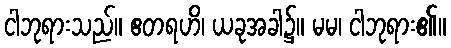
ငါဘုရားသည်။ ဧတရဟိ၊ ယခုအခါ၌။ မမ၊ ငါဘုရား၏။